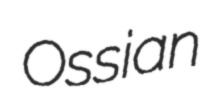
Ossian